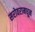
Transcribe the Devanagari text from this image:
सरोवरामधून